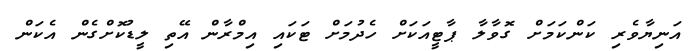
އަނިޔާވެރި ކަންކަމަށް ގޮވާލާ ޕާޓީއަކަށް ހެދުމަށް ޓަކައި އިމްރާން އޭތި ލީޑުކޮށްގެން އެކަން